Papaver somniferum - Opium : an extract from the sixth volume of the Dictionary of Economic Products of India
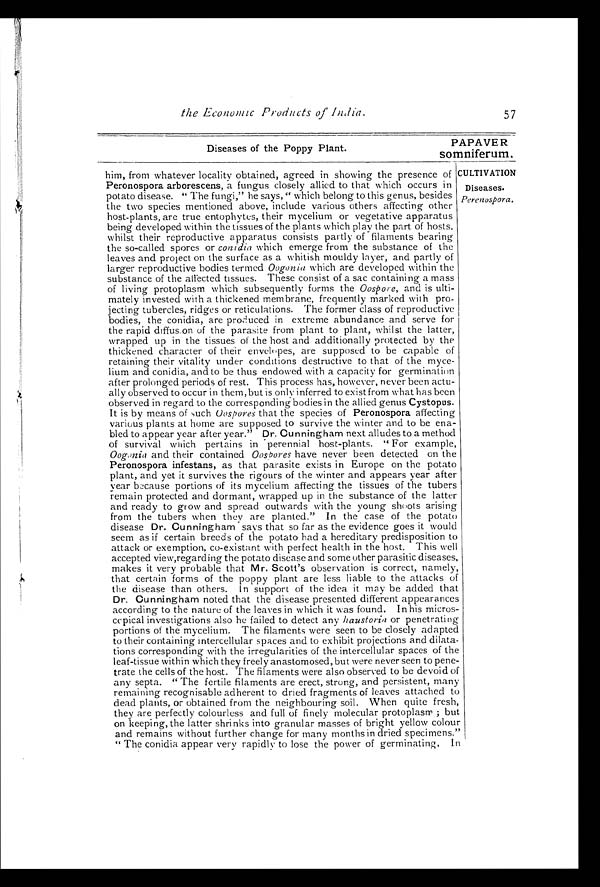
Diseases of the Poppy Plant.
PAPAVER
somniferum.
the Economic
Products of India.
5 7
him, from whatever locality obtained, agreed in showing the presence of
Peronospora arborescens , a fungus closely allied to that which occurs in
potato disease. " The fungi," he says, " which belong to this genus, besides
the two species mentioned above, include various others affecting other
host-plants, are true entophytes, their mycelium or vegetative apparatus
being developed within the tissues of the plants which play the part of hosts,
whilst their reproductive apparatus consists partly of filaments bearing
the so-called spores or conidia which emerge from the substance of the
leaves and project on the surface as a whitish mouldy layer, and partly of
larger reproductive bodies termed Oogonia which are developed within the
substance of the affected tissues. These consist of a sac containing a mass
of living protoplasm which subsequently forms the Oospore, and is ulti-
mately invested with a thickened membrane, frequently marked with pro-
jecting tubercles, ridges or reticulations. The former class of reproductive
bodies, the conidia, are produced in extreme abundance and serve for
the rapid diffus on of the parasite from plant to plant, whilst the latter,
wrapped up in the tissues of the host and additionally protected by the
thickened character of their envelopes, are supposed to be capable of
retaining their vitality under conditions destructive to that of the myce
- lium and conidia, and to be thus endowed with a capacity for germination
after prolonged periods of rest. This process has, however, never been actu-
ally observed to occur in them, but is only inferred to exist from what has been
observed in regard to the corresponding bodies in the allied genus Cystopus .
It is by means of such O ospores that the species of Peronospora affecting
various plants at home are supposed to survive the winter and to be ena-
bled to appear year after year." Dr. Cunningham next alludes to a method
of survival which pertains in perennial host-plants. "For example,
Oogonia and their contained Oospores have never been detected on the
Peronospora infestans, as that parasite exists in Europe on the potato
plant, and yet it survives the rigours of the winter and appears year after
year because portions of its mycelium affecting- the tissues of the tubers
remain protected and dormant, wrapped up in the substance of the latter
and ready to grow and spread outwards with the young shoots arising
from the tubers when they are planted." In the case of the potato
disease Dr. Cunningham says that so far as the evidence goes it would
seem as if certain breeds of the potato had a hereditary predisposition to
attack or exemption, co-existent with perfect health in the host. This well
accepted view,regarding the potato disease and some other parasitic diseases,
makes it very probable that Mr. Scott's observation is correct, namely,
that certain forms of the poppy plant are less liable to the attacks of
the disease than others. In support of the idea it may be added that
Dr. Cunningham noted that the disease presented different appearances
according to the nature of the leaves in which it was found. In his micros-
copical investigations also he failed to detect any haustoria or penetrating
portions of the mycelium. The filaments were seen to be closely adapted
to their containing intercellular spaces and to exhibit projections and dilata-
tions corresponding with the irregularities of the intercellular spaces of the
leaf-tissue within which they freely anastomosed, but were never seen to pene-
trate the cells of the host. The filaments were also observed to be devoid of
any septa. " The fertile filaments are erect, strung, and persistent, many
remaining recognisable adherent to dried fragments of leaves attached to
dead plants, or obtained from the neighbouring soil. When quite fresh,
they are perfectly colourless and full of finely molecular protoplasm ; but
on keeping, the latter shrinks into granular masses of bright yellow colour
and remains without further change for many months in dried specimens."
" The conidia appear very rapidly to lose the power of germinating. In
C ULTIVATION
Diseases.
Perenospora.